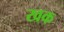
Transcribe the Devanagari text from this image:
खक